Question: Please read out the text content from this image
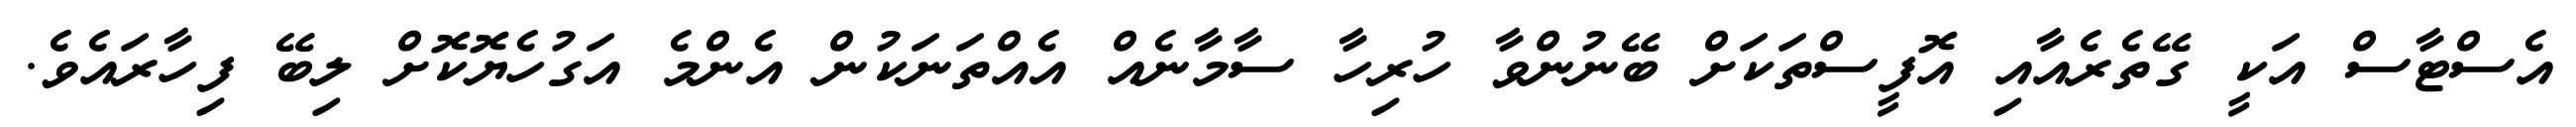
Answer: އެސްޓާސް އަކީ ގޭތެރެއާއި އޮފީސްތަކަށް ބޭނުންވާ ހުރިހާ ސާމާނެއް އެއްތަނަކުން އެންމެ އަގުހެޔޮކޮށް ލިބޭ ފިހާރައެވެ.